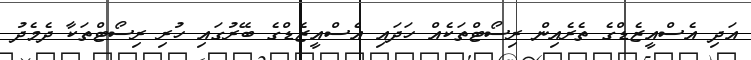
އަދި އެސްއީޒެޑްގެ ތެރެއިން ރިސޯޓްތަކެއް ހަދައި އެސްއީޒެޑްގެ ބޭރުގައި ހުރި ރިސޯޓްތަކާ ދެމެދު